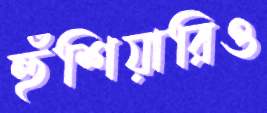
হুঁশিয়ারিও